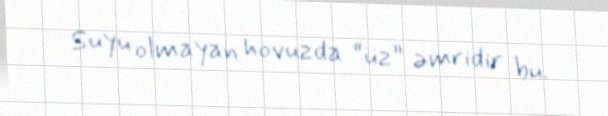
Suyu olmayan hovuzda “üz” əmridir bu.